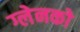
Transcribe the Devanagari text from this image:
ग्लेनको